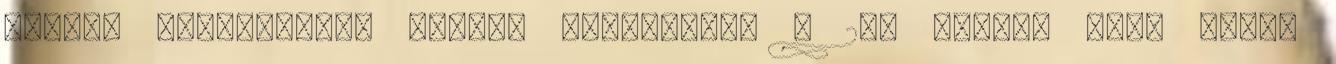
MAGYAR ZENESZERZŐK VILÁGI KÓRUSMŰVEI A 20. SZÁZAD NAGY ZENEI